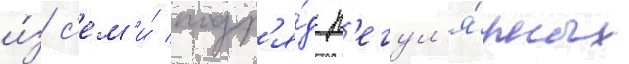
и́з с'ем'и́ подр'я́д р'егул'я́рных